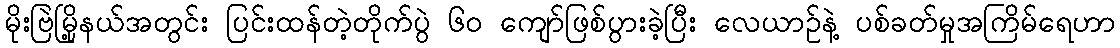
မိုးဗြဲမြို့နယ်အတွင်း ပြင်းထန်တဲ့တိုက်ပွဲ ၆၀ ကျော်ဖြစ်ပွားခဲ့ပြီး လေယာဉ်နဲ့ ပစ်ခတ်မှုအကြိမ်ရေဟာ